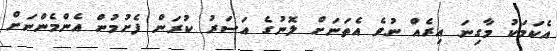
އެކަމަކު މާގިނަ އިރެއް ނުވެ އެތަނަށް ލޮނުގެ އަސަރު ކުރަން ފެށުމުން އެންމެންނަށް